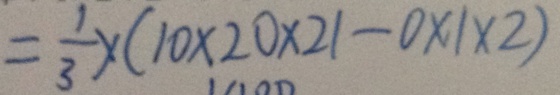
= \frac { 1 } { 3 } \times ( 1 0 \times 2 0 \times 2 1 - 0 \times 1 \times 2 )